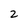
Character: 2